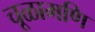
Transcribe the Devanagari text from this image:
चूळामणि